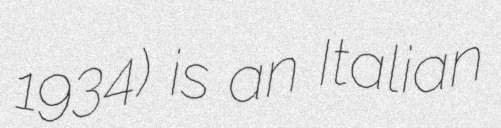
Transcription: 1934) is an Italian